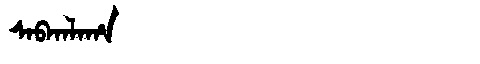
Manchu: ᠰᠠᠪᡴᠠᠯᠠᡥᠠ
Romanization: SABKALAHA